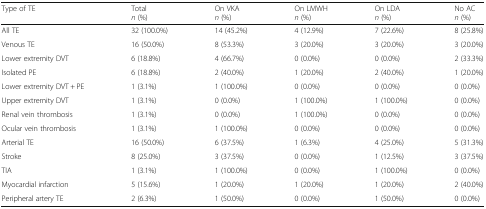
<table><thead><tr><td><b>Type of TE</b></td><td><b>Total<i>n</i> (%)</b></td><td><b>On VKA<i>n</i> (%)</b></td><td><b>On LMWH<i>n</i> (%)</b></td><td><b>On LDA<i>n</i> (%)</b></td><td><b>No AC<i>n</i> (%)</b></td></tr></thead><tbody><tr><td>All TE</td><td>32 (100.0%)</td><td>14 (45.2%)</td><td>4 (12.9%)</td><td>7 (22.6%)</td><td>8 (25.8%)</td></tr><tr><td>Venous TE</td><td>16 (50.0%)</td><td>8 (53.3%)</td><td>3 (20.0%)</td><td>3 (20.0%)</td><td>3 (20.0%)</td></tr><tr><td>Lower extremity DVT</td><td>6 (18.8%)</td><td>4 (66.7%)</td><td>0 (0.0%)</td><td>0 (0.0%)</td><td>2 (33.3%)</td></tr><tr><td>Isolated PE</td><td>6 (18.8%)</td><td>2 (40.0%)</td><td>1 (20.0%)</td><td>2 (40.0%)</td><td>1 (20.0%)</td></tr><tr><td>Lower extremity DVT + PE</td><td>1 (3.1%)</td><td>1 (100.0%)</td><td>0 (0.0%)</td><td>0 (0.0%)</td><td>0 (0.0%)</td></tr><tr><td>Upper extremity DVT</td><td>1 (3.1%)</td><td>0 (0.0%)</td><td>1 (100.0%)</td><td>1 (100.0%)</td><td>0 (0.0%)</td></tr><tr><td>Renal vein thrombosis</td><td>1 (3.1%)</td><td>0 (0.0%)</td><td>1 (100.0%)</td><td>0 (0.0%)</td><td>0 (0.0%)</td></tr><tr><td>Ocular vein thrombosis</td><td>1 (3.1%)</td><td>1 (100.0%)</td><td>0 (0.0%)</td><td>0 (0.0%)</td><td>0 (0.0%)</td></tr><tr><td>Arterial TE</td><td>16 (50.0%)</td><td>6 (37.5%)</td><td>1 (6.3%)</td><td>4 (25.0%)</td><td>5 (31.3%)</td></tr><tr><td>Stroke</td><td>8 (25.0%)</td><td>3 (37.5%)</td><td>0 (0.0%)</td><td>1 (12.5%)</td><td>3 (37.5%)</td></tr><tr><td>TIA</td><td>1 (3.1%)</td><td>1 (100.0%)</td><td>0 (0.0%)</td><td>1 (100.0%)</td><td>0 (0.0%)</td></tr><tr><td>Myocardial infarction</td><td>5 (15.6%)</td><td>1 (20.0%)</td><td>1 (20.0%)</td><td>1 (20.0%)</td><td>2 (40.0%)</td></tr><tr><td>Peripheral artery TE</td><td>2 (6.3%)</td><td>1 (50.0%)</td><td>0 (0.0%)</td><td>1 (50.0%)</td><td>0 (0.0%)</td></tr></tbody></table>